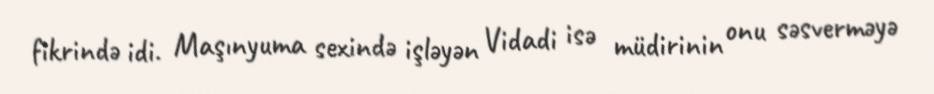
fikrində idi. Maşınyuma sexində işləyən Vidadi isə müdirinin onu səsverməyə